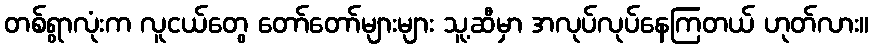
တစ်ရွာလုံးက လူငယ်တွေ တော်တော်များများ သူ့ဆီမှာ အလုပ်လုပ်နေကြတယ် ဟုတ်လား။